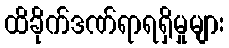
ထိခိုက်ဒဏ်ရာရရှိမှုများ